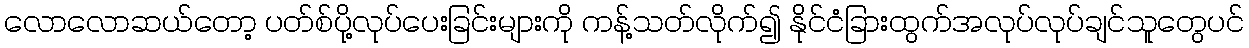
လောလောဆယ်တော့ ပတ်စ်ပို့လုပ်ပေးခြင်းများကို ကန့်သတ်လိုက်၍ နိုင်ငံခြားထွက်အလုပ်လုပ်ချင်သူတွေပင်